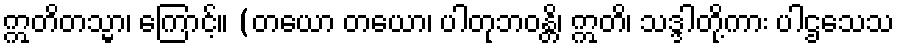
ဣတိတသ္မာ၊ ကြောင့်။ (တယော တယော၊ ပါတုဘဝန္တိ၊ ဣတိ၊ သဒ္ဒါတို့ကား ပါဌသေသ